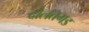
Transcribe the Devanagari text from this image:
दौलतगड